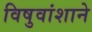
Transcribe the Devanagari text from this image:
विषुवांशाने